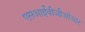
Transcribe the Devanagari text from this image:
एसआईवीजीओआर